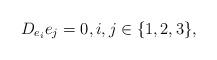
LaTeX: \begin{align*} D_{e_i}e_j=0, i,j \in \{1,2,3\},\end{align*}